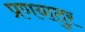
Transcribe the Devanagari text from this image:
प्रणयातुर